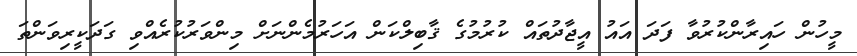
މީހުން ހައިރާންކުރުވާ ފަދަ އައު އީޖާދުތައް ކުރުމުގެ ޤާބިލްކަން އަހަރުމެންނަށް މިންވަރުކުރެއްވި ގަދަކީރިވަންތަ